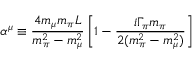
\alpha ^ { \mu } \equiv \frac { 4 m _ { \mu } m _ { \pi } L } { m _ { \pi } ^ { 2 } - m _ { \mu } ^ { 2 } } \left[ 1 - \frac { i \Gamma _ { \pi } m _ { \pi } } { 2 ( m _ { \pi } ^ { 2 } - m _ { \mu } ^ { 2 } ) } \right]